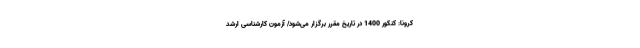
کرونا: کنکور 1400 در تاریخ مقرر برگزار می‌شود/ آزمون کارشناسی ارشد